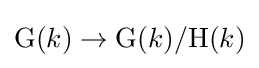
\mathrm {G} (k)\to \mathrm {G} (k)/\mathrm {H} (k)